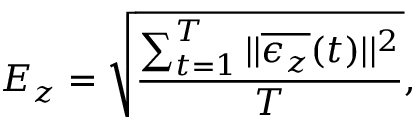
E _ { z } = \sqrt { \frac { \sum _ { t = 1 } ^ { T } | | \overline { { \epsilon _ { z } } } ( t ) | | ^ { 2 } } { T } } ,